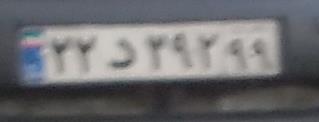
۲۲د۳۲۹۹